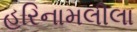
હરિનામલીલા